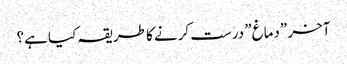
آخر \”دماغ\” درست کرنے کا طریقہ کیا ہے؟